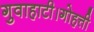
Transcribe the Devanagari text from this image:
गुवाहाटी।गोहत्ती